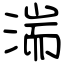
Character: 湍